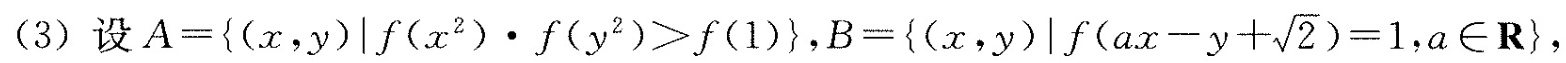
(3)设$$A = { ( x , y ) | f ( x^ { 2 } ) \cdot f ( y ^ { 2 } ) > f ( 1 ) }$$,$$B = { ( x ,y ) | f ( a x - y + \sqrt { 2 } ) = 1, a \in R }$$,